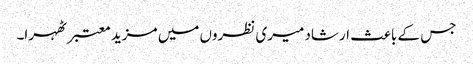
جس کے باعث ارشاد میری نظروں میں مزید معتبر ٹھہرا۔